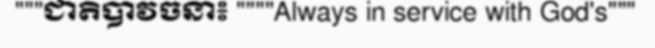
"""ជាតិបាវចនា៖ """"Always in service with God's"""